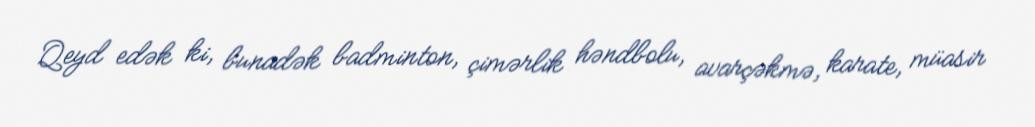
Qeyd edək ki, bunadək badminton, çimərlik həndbolu, avarçəkmə, karate, müasir